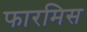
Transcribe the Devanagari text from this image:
फारमिस